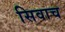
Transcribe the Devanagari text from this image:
सिवाच